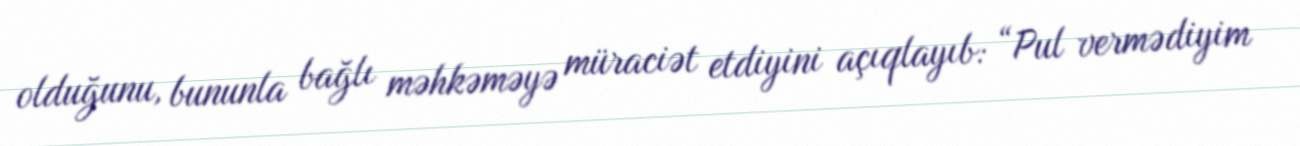
olduğunu, bununla bağlı məhkəməyə müraciət etdiyini açıqlayıb: “Pul vermədiyim